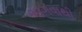
ભાગવાથી